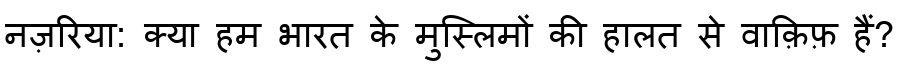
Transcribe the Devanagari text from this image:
नज़रिया: क्या हम भारत के मुस्लिमों की हालत से वाक़िफ़ हैं?